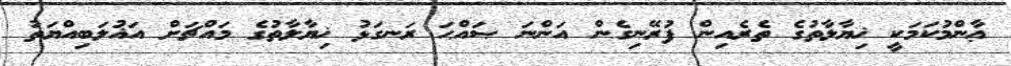
ޢާންމުކަމަކީ ޚިޔާލާތުގެ ތެރެއިން ފުރޭނިގެން އަންނަ ޞައްޙަ ރަނގަޅު ޚިޔާލާތުގެ މައްޗަށް އަޣުލަބިއްޔަތު